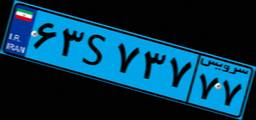
۶۳S۷۳۷۷۷